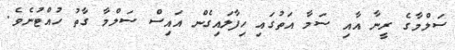
ސަލްމާގެ ރީނާ އާއި ސަމާ އަތުގައި ހިފާލައިގެން އައިސް ސަލްމާ ގާތު ހުއްޓުނެވެ.